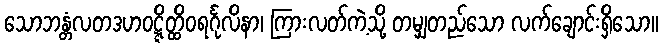
သောဘန္တံလတဒဟဝဋ္ဋိတ္ထိဝရင်္ဂုလိနာ၊ ကြားလတ်ကဲ့သို့ တမျှတည်သော လက်ချောင်းရှိသော။